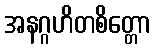
အနဂ္ဂဟိတစိတ္တော